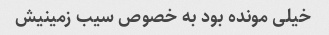
خیلی مونده بود به خصوص سیب زمینیش